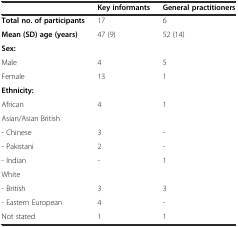
<table><thead><tr><td></td><td><b>Key informants</b></td><td><b>General practitioners</b></td></tr></thead><tbody><tr><td><b>Total no. of participants</b></td><td>17</td><td>6</td></tr><tr><td><b>Mean (SD) age (years)</b></td><td>47 (9)</td><td>52 (14)</td></tr><tr><td><b>Sex:</b></td><td></td><td></td></tr><tr><td>Male</td><td>4</td><td>5</td></tr><tr><td>Female</td><td>13</td><td>1</td></tr><tr><td><b>Ethnicity:</b></td><td></td><td></td></tr><tr><td>African</td><td>4</td><td>1</td></tr><tr><td>Asian/Asian British</td><td></td><td></td></tr><tr><td>- Chinese</td><td>3</td><td>-</td></tr><tr><td>- Pakistani</td><td>2</td><td>-</td></tr><tr><td>- Indian</td><td>-</td><td>1</td></tr><tr><td>White</td><td></td><td></td></tr><tr><td>- British</td><td>3</td><td>3</td></tr><tr><td>- Eastern European</td><td>4</td><td>-</td></tr><tr><td>Not stated</td><td>1</td><td>1</td></tr></tbody></table>